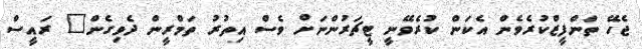
ޖެހޭ ތަންފީޒްކުރެވެން އެކަން ކުރެވޭނީ ޓީޗަރުންނަށް ވެސް އިތުރު ތަމްރީން ދެވިގެން" ރައީސް